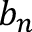
b _ { n }